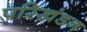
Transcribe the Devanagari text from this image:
परिखंडन